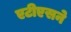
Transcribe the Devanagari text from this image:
एटीएसने